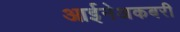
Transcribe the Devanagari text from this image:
आईनेअकबरी